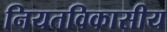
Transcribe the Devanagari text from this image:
नियतविकासीय